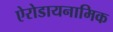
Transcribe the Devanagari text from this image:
ऐरोडायनामिक